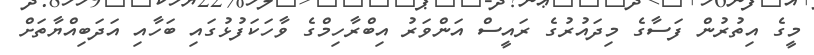
މީގެ އިތުރުން ފަސާގެ މިދައުރުގެ ރައީސް އަންވަރު އިބްރާހިމްގެ ވާހަކަފުޅުގައި ބަހާއި އަދަބިއްޔާތަށް